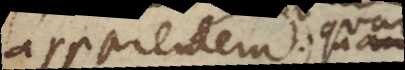
apparentem, nam